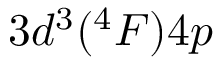
3 d ^ { 3 } ( ^ { 4 } F ) 4 p